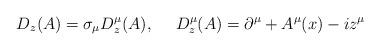
LaTeX: \begin{align*}D_z(A)=\sigma_\mu D^\mu_z(A),~~~~D_z^\mu(A)=\partial^\mu+A^\mu(x)-iz^\mu\end{align*}